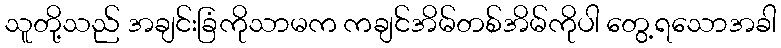
သူတို့သည် အချင်းခြံကိုသာမက ကချင်အိမ်တစ်အိမ်ကိုပါ တွေ့ရသောအခါ